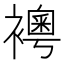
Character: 𧞄